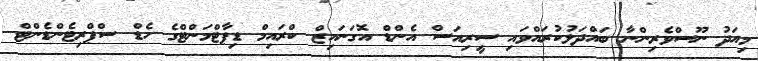
މިއަދު ނޫސްވެރިންނާ ބައްދަލުކުރައްވައި ސީރިއަސް އެންޑް އޮގަނައިޒް ކްރައިމް ޑިޕާޓްމަންޓްގެ ހެޑް ސްޕްރިޓެންޑެންޓް